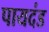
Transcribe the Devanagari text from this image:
पायदंड